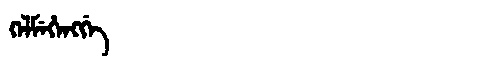
Manchu: ᡴᡝᠯᠮᡝᡥᡝᠩᡤᡝ
Romanization: KELMEHENGGE